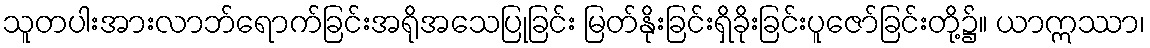
သူတပါးအားလာဘ်ရောက်ခြင်းအရိုအသေပြုခြင်း မြတ်နိုးခြင်းရှိခိုးခြင်းပူဇော်ခြင်းတို့၌။ ယာဣဿာ၊